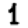
Digit: 1